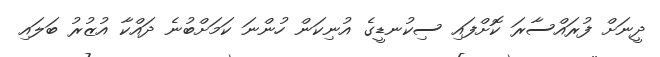
ދީނަށް ފުރައްސާރަ ކޮށްފައި ސިކުނޑީގެ އުނިކަން ހުންނަ ކަމަށްބުނެ ދައްކާ އުޒުރު ބަލައި